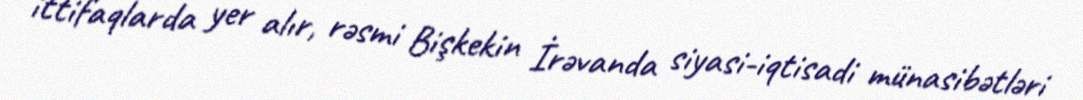
ittifaqlarda yer alır, rəsmi Bişkekin İrəvanda siyasi-iqtisadi münasibətləri